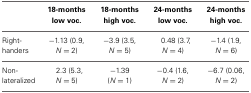
<table><thead><tr><td></td><td><b>18-months low voc.</b></td><td><b>18-months high voc.</b></td><td><b>24-months low voc.</b></td><td><b>24-months high voc.</b></td></tr></thead><tbody><tr><td>Right-handers</td><td>−1.13 (0.9, <i>N</i> = 2)</td><td>−3.9 (3.5, <i>N</i> = 5)</td><td>0.48 (3.7, <i>N</i> = 4)</td><td>−1.4 (1.9, <i>N</i> = 6)</td></tr><tr><td>Non-lateralized</td><td>2.3 (5.3, <i>N</i> = 5)</td><td>−1.39 (<i>N</i> = 1)</td><td>−0.4 (1.6, <i>N</i> = 2)</td><td>−6.7 (0.06, <i>N</i> = 2)</td></tr></tbody></table>